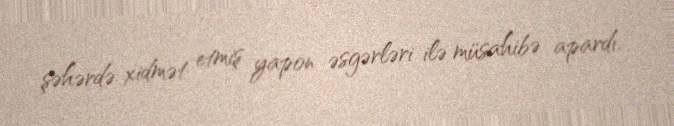
şəhərdə xidmət etmiş yapon əsgərləri ilə müsahibə apardı.